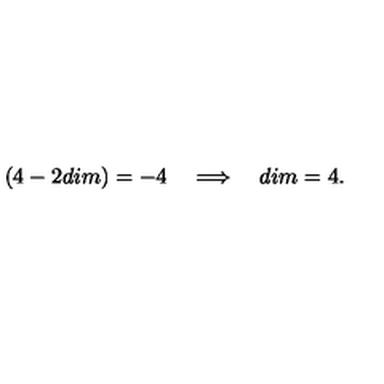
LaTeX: ( 4 - 2 d i m ) = - 4 \quad \Longrightarrow \quad d i m = 4 .